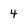
Character: 4